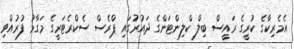
އެމެރިކާގެ ކުރީގެ ރައީސް ބިލް ކްލިންޓަންގެ ދައުރުގައި ޕްރެސް ސެކްރެޓަރީގެ މަގާމު ފުރުއްވި